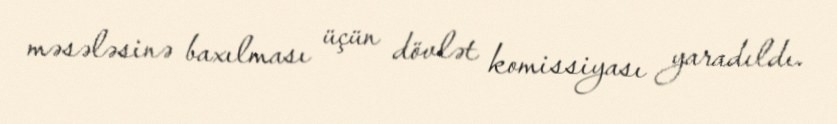
məsələsinə baxılması üçün dövlət komissiyası yaradıldı.